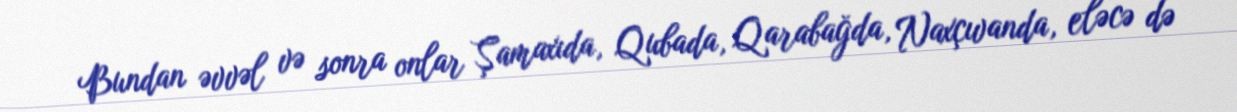
Bundan əvvəl və sonra onlar Şamaxıda, Qubada, Qarabağda, Naxçıvanda, eləcə də